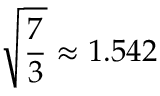
{ \sqrt { \frac { 7 } { 3 } } } \approx 1 . 5 4 2